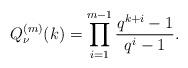
LaTeX: \begin{align*}Q^{(m)}_\nu(k) = \prod_{i=1}^{m-1} \frac{q^{k+i} - 1}{q^i - 1}.\end{align*}